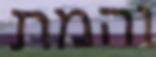
והמת